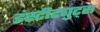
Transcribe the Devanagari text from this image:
इंस्टीट्युट्स